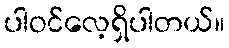
ပါဝင်လေ့ရှိပါတယ်။